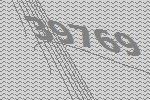
39769